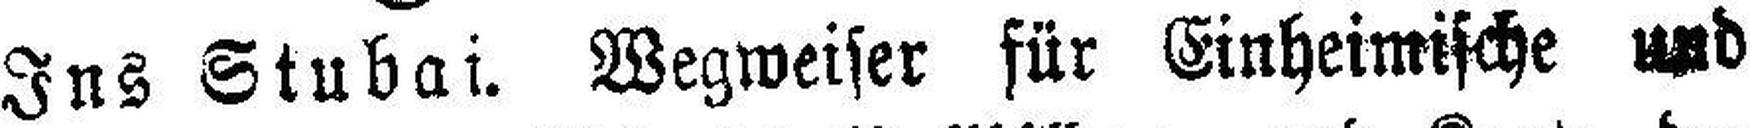
Ins Stubai. Wegweiser für Einheimische und